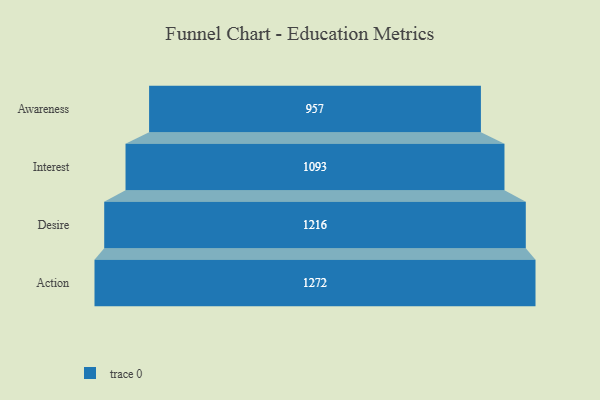
{"axis": {"x": "Stage", "y": "Value"}, "legend": [""], "data": [{"x": "Awareness", "y": 957.0, "type": ""}, {"x": "Interest", "y": 1093.0, "type": ""}, {"x": "Desire", "y": 1216.0, "type": ""}, {"x": "Action", "y": 1272.0, "type": ""}]}